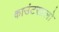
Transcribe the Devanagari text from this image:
काउंटरफ़्लो